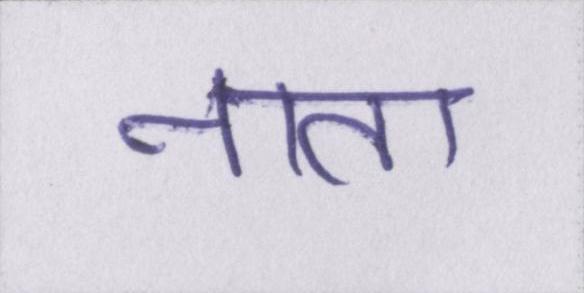
नाता